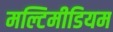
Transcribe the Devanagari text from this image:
मल्टिमीडियम